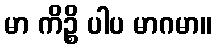
မာ ကိဉ္စိ ပါပ မာဂမာ။